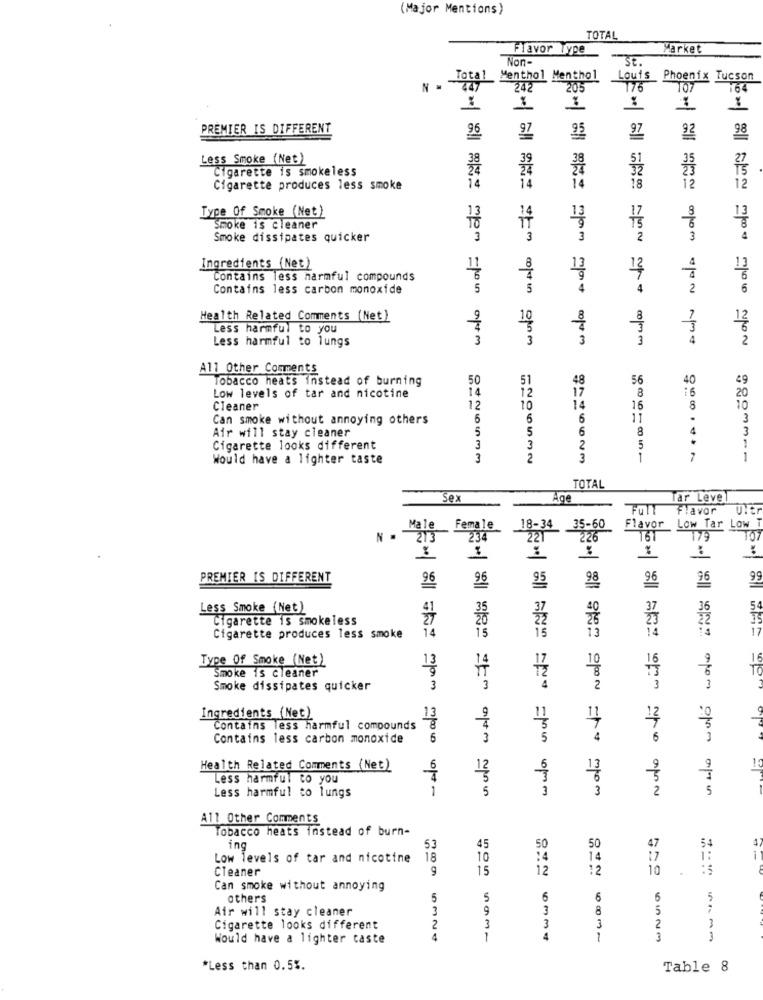
(Major Mentions)
TOTAL
Flavor Type
Market
Non-
St.
Total
Menthol Menthol
Louis
Phoenix Tucson
Ni
447
242
205
176
107
164
PREMIER IS DIFFERENT
96
97
98
97
95
92
Less Smoke (Net)
Cigarette is smokeless
18
Cigarette produces less smoke
14
14
14
12
12
No/A 00100
Type Of Smoke (Net)
13
13
14
13
Smoke is cleaner
Smoke dissipates quicker
3
3
3
2
3
4
Ingredients (Net)
11
12
13
Contains less harmful compounds
Contains less carbon monoxide
5
5
4
2
Health Related Comments (Net)
Less harmful to you
Less harmful to lungs
3
3
3
3
₩ 2 314 13 14 83
2000 =100 NON
All Other Comments
Tobacco heats instead of burning
50
51
48
56
40
49
14
12
17
8
16
20
Low levels of tar and nicotine
Cleaner
12
10
14
16
10
Can smoke without annoying others
6
6
6
11
3
5
5
6
8
4
3
Air will stay cleaner
2
1
Cigarette looks different
3
3
5
Would have a lighter taste
3
2
3
1
7
--
TOTAL
Sex
Age
Tar Leve
Flavor
Female
18-34 35-60
Flavor Low Tar Low 7
N = 213
234
23
221
226
161
TOZ
PREMIER IS DIFFERENT
96
96
95
98
96
96
99
Less Smoke (Net)
37
36
5
Cigarette is smokeless
22
22
14
17
Cigarette produces less smoke
15
15
13
14
Type Of Smoke (Net)
13
10
16
Smoke is cleaner
16
TO
Smoke dissipates quicker
3
3
4
2
3
Ingredients (Net)
13
11
11
12
Contains less harmful compounds
Contains less carbon monoxide
3
4
6
Health Related Comments (Net)
7
1
Less harmful to you
Less harmful to lungs
1
5
3
3
2
5
2 352015 173 943 155
All Other Comments
Tobacco heats instead of burn-
47
ing
53
45
50
50
54
Low levels of tar and nicotine
18
10
14
17
1
Cleaner
9
15
12
:2
10
Can smoke without annoying
others
5
5
6
6
5
5
Air will stay cleaner
3
9
3
8
5
3
2
Cigarette looks different
2
3
3
Would have a lighter taste
4
1
4
1
3
3
*Less than 0.5%.
Table
8